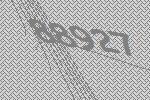
88927